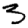
Digit: 3